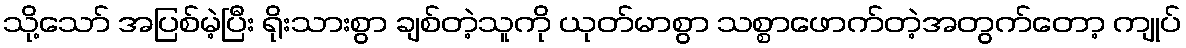
သို့သော် အပြစ်မဲ့ပြီး ရိုးသားစွာ ချစ်တဲ့သူကို ယုတ်မာစွာ သစ္စာဖောက်တဲ့အတွက်တော့ ကျုပ်